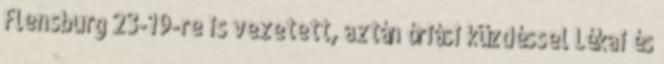
Flensburg 23-19-re is vezetett, aztán óriási küzdéssel Lékai és